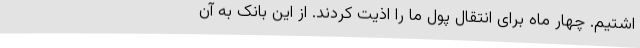
اشتیم. چهار ماه برای انتقال پول ما را اذیت کردند. از این بانک به آن